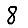
Digit: 8